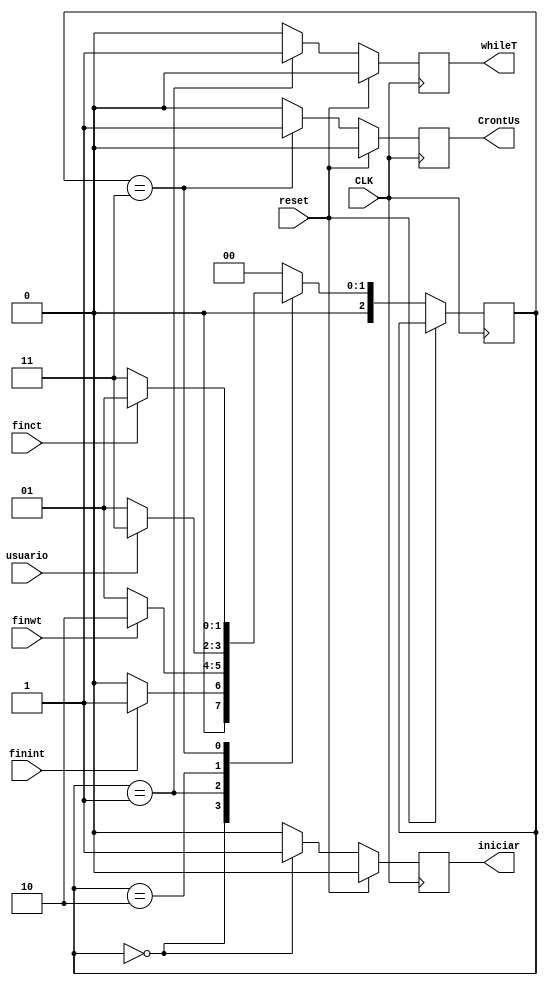
`timescale 1ns / 1ps
//////////////////////////////////////////////////////////////////////////////////
// Company: 
// Engineer: 
// 
// Design Name: 
// Module Name:    controlprinciapal 
// Project Name: 
// Target Devices: 
// Tool versions: 
// Description: 
//
// Dependencies: 
//
// Revision: 
// Revision 0.01 - File Created
// Additional Comments: 
//
//////////////////////////////////////////////////////////////////////////////////
module controlprinciapal(reset,CLK,finint,finwt,finct,usuario,iniciar,whileT,CrontUs);
	input reset,CLK,finint,finwt,finct,usuario;
	output iniciar,whileT,CrontUs;
	reg iniciar,whileT,CrontUs;
	reg [2:0] State;
	reg [2:0] NextState;
	//estados
	
	parameter [2:0] inicializar = 2'b00;
	parameter [2:0] Whiletrue = 2'b01;
	parameter [2:0] solicitud = 2'b10;
	parameter [2:0] controlusuario = 2'b11;
	
	always@ (finint or finwt or finct or usuario or State)
	begin
	NextState =0;
	case(State)
	inicializar:
		if(finint)NextState=Whiletrue;
		else NextState=inicializar;
	Whiletrue:
		if(finwt)NextState=solicitud;
		else NextState=Whiletrue;
	solicitud:
		if(usuario)NextState=controlusuario;
		else NextState=Whiletrue;
	controlusuario:
		if(finct)NextState=Whiletrue;
		else NextState=controlusuario;
	default:
		NextState=inicializar;
	endcase
	end
	
	always @(posedge CLK)
	begin
		if(reset)
		begin
			iniciar<=0;
			whileT<=0;
			CrontUs<=0;
		end
		else
		begin
			State<=NextState;
			case(State)
				inicializar:
				begin
					iniciar<=1;
					whileT<=0;
					CrontUs<=0;
				end
				Whiletrue:
					begin
						CrontUs<=0;
						iniciar<=0;
						whileT<=1;
					end
				controlusuario:
				begin
					iniciar<=0;
					whileT<=0;
					CrontUs<=1;
				end
				default:
				begin
					iniciar<=0;
					whileT<=0;
					CrontUs<=0;
			end
			endcase
		end
	end
endmodule